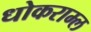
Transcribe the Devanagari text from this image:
धोकराम्ल